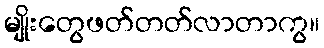
မျိုးတွေဖတ်တတ်လာတာကွ။